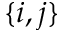
\{ i , j \}